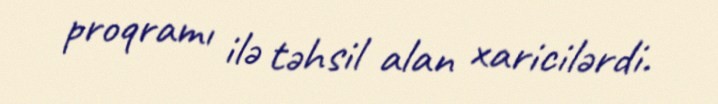
proqramı ilə təhsil alan xaricilərdi.